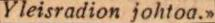
Yleisradion johtoa.>>